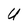
Character: U